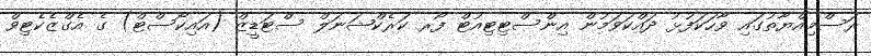
ރަސްމިއްޔާތުގައި ވާހަކަފުޅު ދައްކަވަމުން އިންސްޓިޓިއުޓް ފޯރ ކަރެކްޝަނަލް ސްޓަޑީޒް (އައިކޯސްޓް) ގެ އެގްޒެކެޓިވް